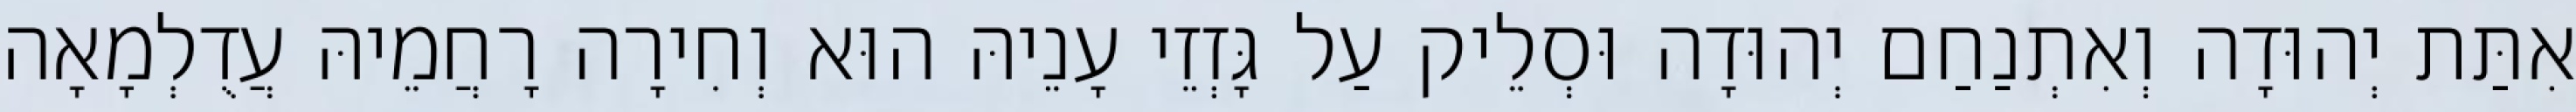
אִתַּת יְהוּדָה וְאִתְנַחַם יְהוּדָה וּסְלֵיק עַל גָּזְזֵי עָנֵיהּ הוּא וְחִירָה רָחֲמֵיהּ עֲדֻלְמָאָה